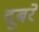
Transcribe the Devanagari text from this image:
दूबरे